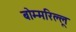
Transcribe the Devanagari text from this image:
बोम्मरिल्लू